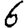
Digit: 6